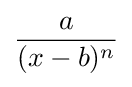
{\frac {a}{(x-b)^{n}}}